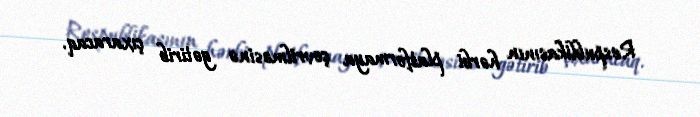
Respublikasının hərbi platformaya çevrilməsinə gətirib çıxaracaq.